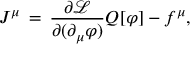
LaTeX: J ^ { \mu } \, = \, { \frac { \partial { \mathcal { L } } } { \partial ( \partial _ { \mu } \varphi ) } } Q [ \varphi ] - f ^ { \mu } ,